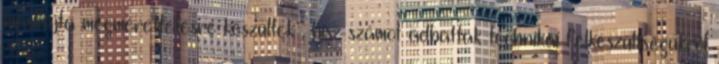
másfajta megmérettetésre készültek , hisz számot adhattak technikai felkészültségükről